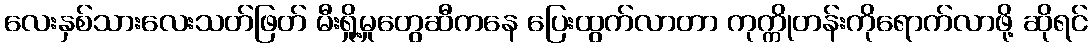
လေးနှစ်သားလေးသတ်ဖြတ် မီးရှို့မှုတွေဆီကနေ ပြေးထွက်လာတာ ကုက္ကိုတန်းကိုရောက်လာဖို့ ဆိုရင်